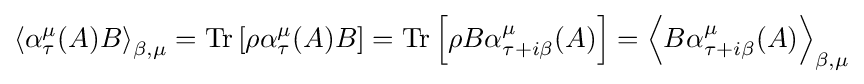
\left\langle \alpha _{\tau }^{\mu }(A)B\right\rangle _{\beta ,\mu }=\mathrm {Tr} \left[\rho \alpha _{\tau }^{\mu }(A)B\right]=\mathrm {Tr} \left[\rho B\alpha _{\tau +i\beta }^{\mu }(A)\right]=\left\langle B\alpha _{\tau +i\beta }^{\mu }(A)\right\rangle _{\beta ,\mu }